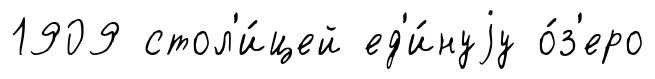
1909 стол'и́цей ед'и́нуjу о́з'еро